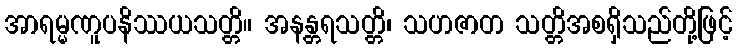
အာရမ္မဏူပနိဿယသတ္တိ။ အနန္တရသတ္တိ၊ သဟဇာတ သတ္တိအစရှိသည်တို့ဖြင့်